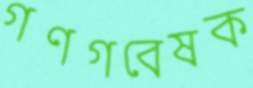
গণগবেষক